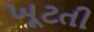
ખૂટતી